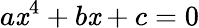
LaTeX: a\mathit{x}^{4}+b\mathit{x}+c=0